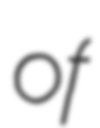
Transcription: of